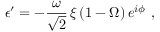
\epsilon ^ { \prime } = - \frac { \omega } { \sqrt { 2 } } \, \xi \, ( 1 - \Omega ) \, e ^ { i \phi } \ ,